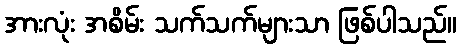
အားလုံး အစိမ်း သက်သက်များသာ ဖြစ်ပါသည်။